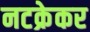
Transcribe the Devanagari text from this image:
नटक्रेकर